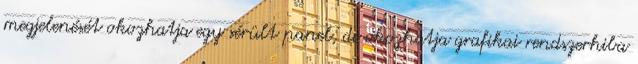
megjelenését okozhatja egy sérült panel, de okozhatja grafikai rendszerhiba